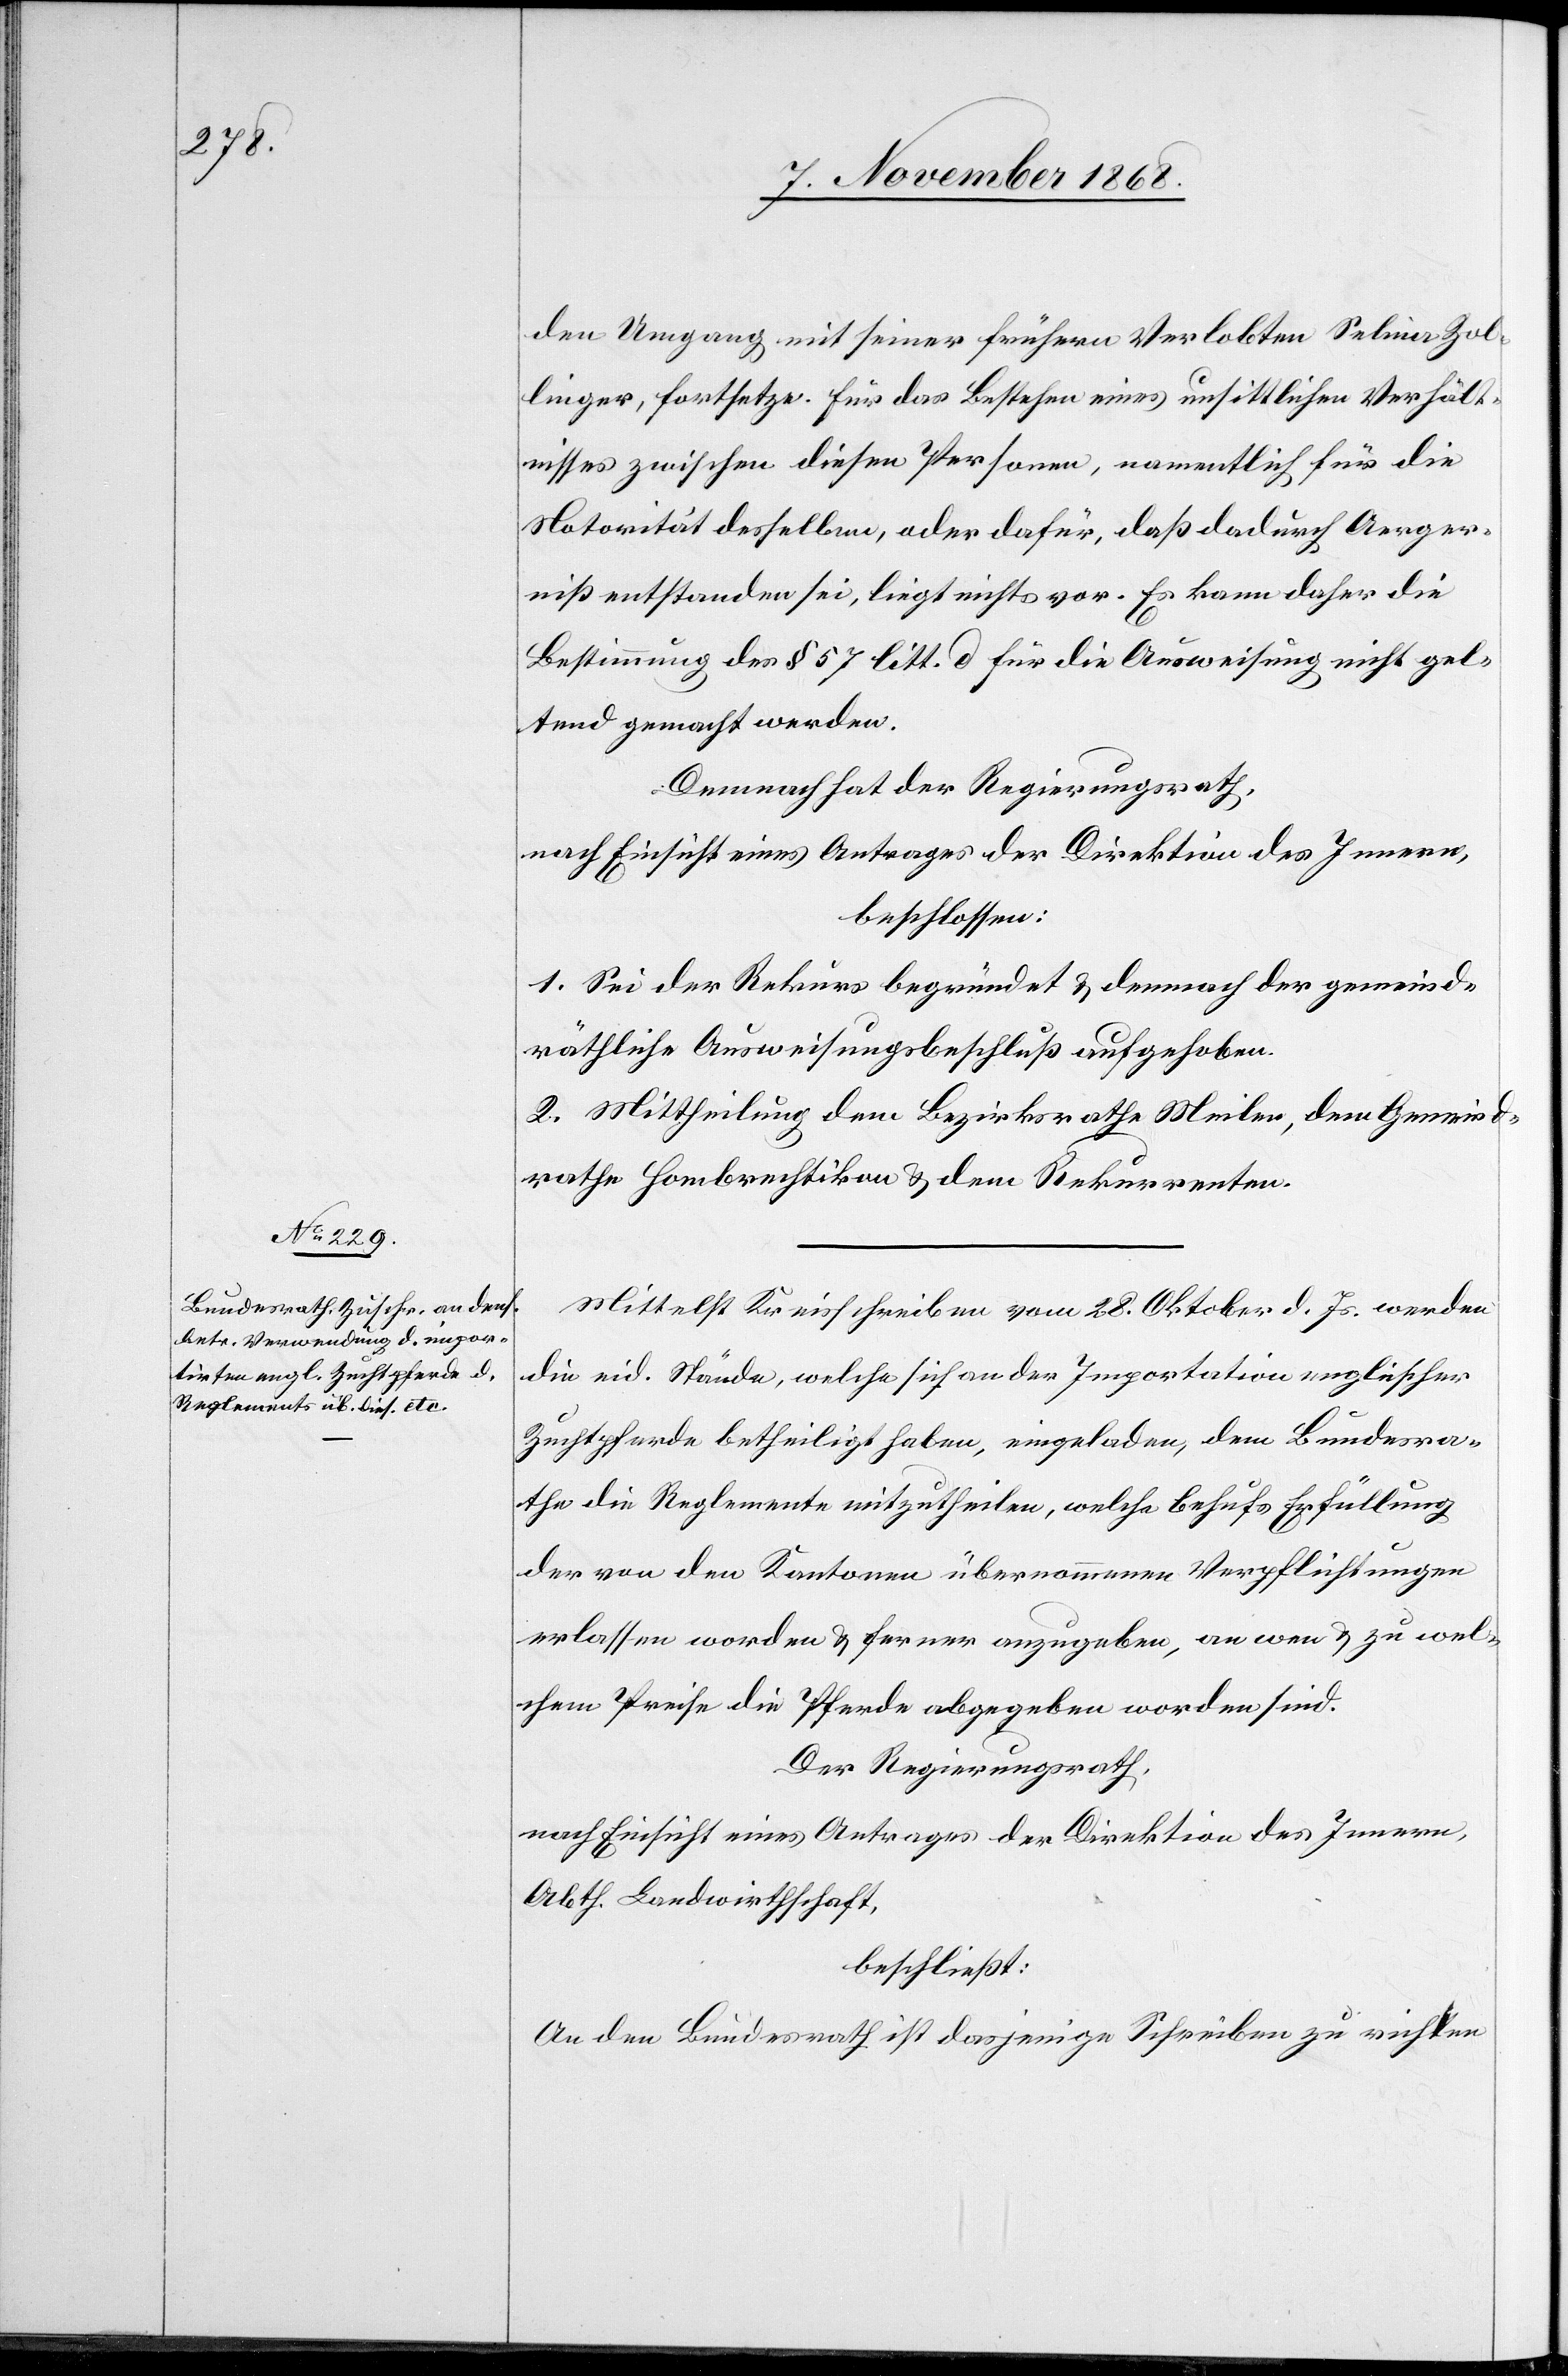
den Umgang mit seiner frühern Verlobten Selina Zol¬
linger, fortsetze. Für das Bestehen eines unsittlichen Verhält¬
nisses zwischen diesen Personen, namentlich für die
Notorität desselben, oder dafür, daß dadurch Aerger¬
niß entstanden sei, liegt nichts vor. Es kann daher die
Bestimmung des § 57 litt. d für die Ausweisung nicht gel¬
tend gemacht werden.
Demnach hat der Regierungsrath,
nach Einsicht eines Antrages der Direktion des Innern,
beschlossen:
1. Sei der Rekurs begründet & demnach der gemeind¬
räthliche Ausweisungsbeschluß aufgehoben.
2. Mittheilung dem Bezirksrathe Meilen, dem Gemeind¬
rathe Hombrechtikon & dem Rekurrenten.
Mittelst Kreisschreiben vom 28. Oktober d. Js. werden
die eid. Stände, welche sich an der Importation englischer
Zuchtpferde betheiligt haben, eingeladen, dem Bundesra¬
the die Reglemente mitzutheilen, welche behufs Erfüllung
der von den Kantonen übernommenen Verpflichtungen
erlassen worden & ferner anzugeben, an wen & zu wel¬
chem Preise die Pferde abgegeben worden sind.
Der Regierungsrath,
nach Einsicht eines Antrages der Direktion des Innern,
Abth. Landwirthschaft,
beschließt:
An den Bundesrath ist dasjenige Schreiben zu richten